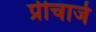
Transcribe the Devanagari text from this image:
प्रीचार्ज